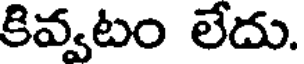
కివ్వటం లేదు.